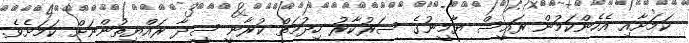
ކަމަށާއި އެހެންކަމުން ރައީސް ޔާމީނުގެ ސަރުކާރު ހިދުމަތް ކުރާނީ ސީދާ ރައްޔިތުންނަށް ކަމަށެވެ.